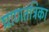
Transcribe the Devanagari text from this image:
घ्राणतंत्रिका